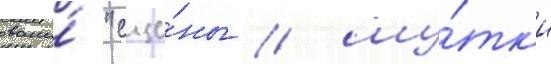
свои́ "сце́ны / шу́тк'и